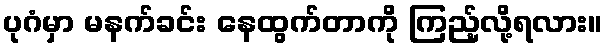
ပုဂံမှာ မနက်ခင်း နေထွက်တာကို ကြည့်လို့ရလား။